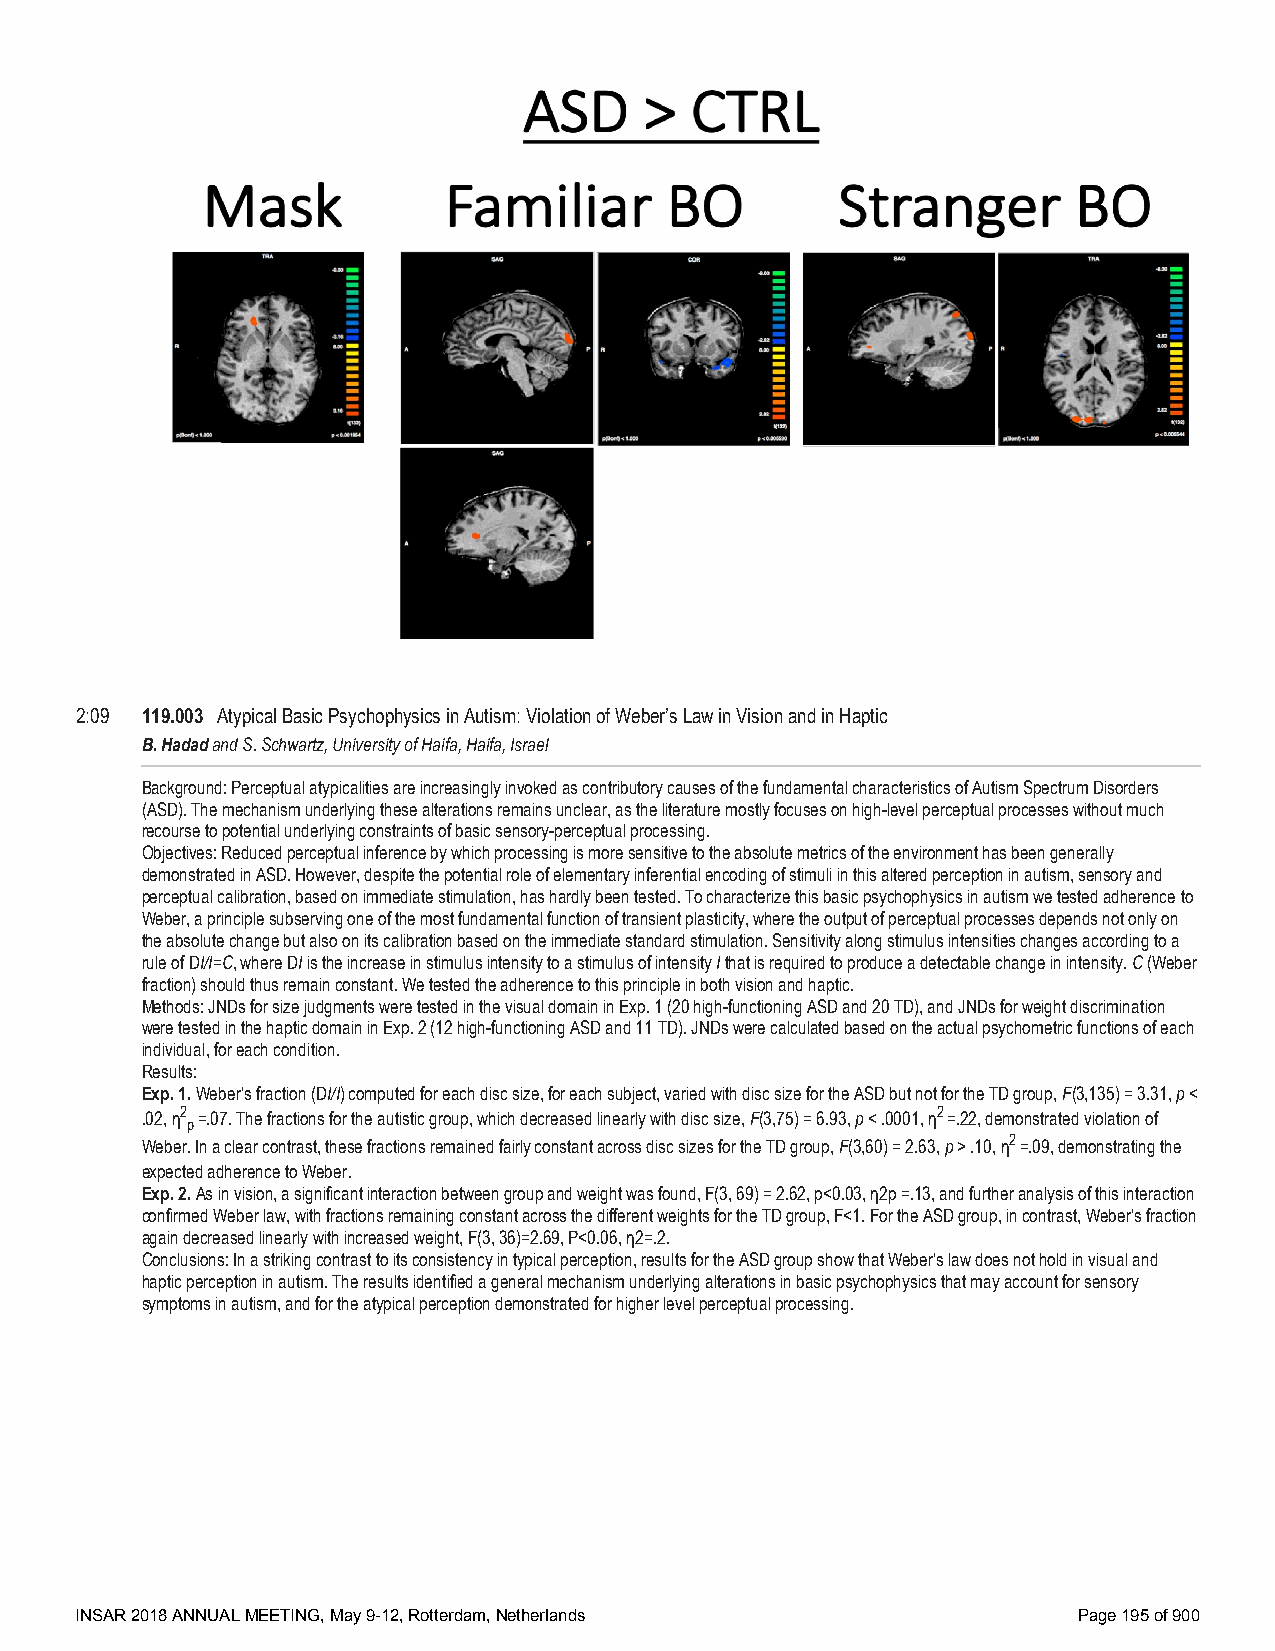
2:09 119.003 Atypical Basic Psychophysics in Autism: Violation of Weber’s Law in Vision and in Haptic
 B. Hadad and S. Schwartz, University of Haifa, Haifa, Israel
 Background: Perceptual atypicalities are increasingly invoked as contributory causes of the fundamental characteristics of Autism Spectrum Disorders
 (ASD). The mechanism underlying these alterations remains unclear, as the literature mostly focuses on high-level perceptual processes without much
 recourse to potential underlying constraints of basic sensory-perceptual processing.
 Objectives: Reduced perceptual inference by which processing is more sensitive to the absolute metrics of the environment has been generally
 demonstrated in ASD. However, despite the potential role of elementary inferential encoding of stimuli in this altered perception in autism, sensory and
 perceptual calibration, based on immediate stimulation, has hardly been tested. To characterize this basic psychophysics in autism we tested adherence to
 Weber, a principle subserving one of the most fundamental function of transient plasticity, where the output of perceptual processes depends not only on
 the absolute change but also on its calibration based on the immediate standard stimulation. Sensitivity along stimulus intensities changes according to a
 rule of DI/I=C, where DI is the increase in stimulus intensity to a stimulus of intensity I that is required to produce a detectable change in intensity. C (Weber
 fraction) should thus remain constant. We tested the adherence to this principle in both vision and haptic.
 Methods: JNDs for size judgments were tested in the visual domain in Exp. 1 (20 high-functioning ASD and 20 TD), and JNDs for weight discrimination
 were tested in the haptic domain in Exp. 2 (12 high-functioning ASD and 11 TD). JNDs were calculated based on the actual psychometric functions of each
 individual, for each condition.
 Results:
 Exp. 1. Weber’s fraction (DI/I) computed for each disc size, for each subject, varied with disc size for the ASD but not for the TD group, F(3,135) = 3.31, p <
 .02, η2 =.07. The fractions for the autistic group, which decreased linearly with disc size, F(3,75) = 6.93, p < .0001, η2=.22, demonstrated violation of
 p
 Weber. In a clear contrast, these fractions remained fairly constant across disc sizes for the TD group, F(3,60) = 2.63, p > .10, η2=.09, demonstrating the
 expected adherence to Weber.
 Exp. 2. As in vision, a significant interaction between group and weight was found, F(3, 69) = 2.62, p<0.03, η2p =.13, and further analysis of this interaction
 confirmed Weber law, with fractions remaining constant across the different weights for the TD group, F<1. For the ASD group, in contrast, Weber’s fraction
 again decreased linearly with increased weight, F(3, 36)=2.69, P<0.06, η2=.2.
 Conclusions: In a striking contrast to its consistency in typical perception, results for the ASD group show that Weber’s law does not hold in visual and
 haptic perception in autism. The results identified a general mechanism underlying alterations in basic psychophysics that may account for sensory
 symptoms in autism, and for the atypical perception demonstrated for higher level perceptual processing.
 INSAR 2018 ANNUAL MEETING, May 9-12, Rotterdam, Netherlands       Page 195 of 900